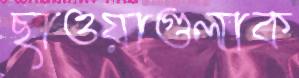
ছাওয়াগুলাক